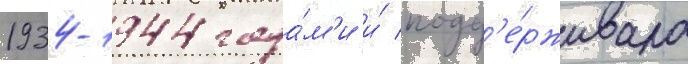
1934-1944 года́м'и и́ подд'е́рживала